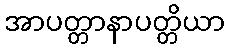
အာပတ္တာနာပတ္တိယာ